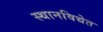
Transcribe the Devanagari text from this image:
स्थानविद्येत